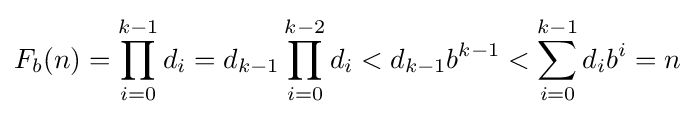
F_{b}(n)=\prod _{i=0}^{k-1}d_{i}=d_{k-1}\prod _{i=0}^{k-2}d_{i}<d_{k-1}b^{k-1}<\sum _{i=0}^{k-1}d_{i}b^{i}=n